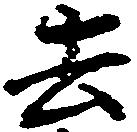
去